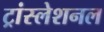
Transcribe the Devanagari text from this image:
ट्रांस्लेशनल